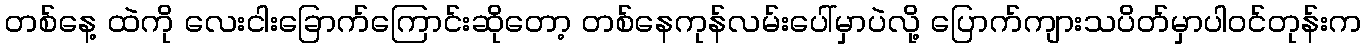
တစ်နေ့ ထဲကို လေးငါးခြောက်ကြောင်းဆိုတော့ တစ်နေကုန်လမ်းပေါ်မှာပဲလို့ ပြောက်ကျားသပိတ်မှာပါဝင်တုန်းက